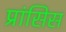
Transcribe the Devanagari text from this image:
प्रांसिस